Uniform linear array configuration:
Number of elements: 32
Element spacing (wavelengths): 0.75
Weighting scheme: kaiser
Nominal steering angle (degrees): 30
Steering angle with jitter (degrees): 28.51
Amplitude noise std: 0.05
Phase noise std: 0.05

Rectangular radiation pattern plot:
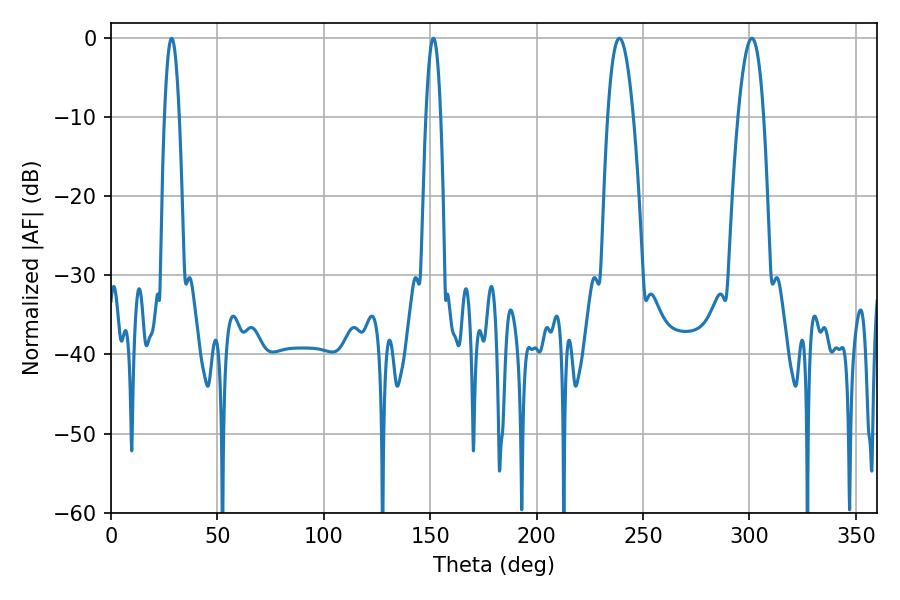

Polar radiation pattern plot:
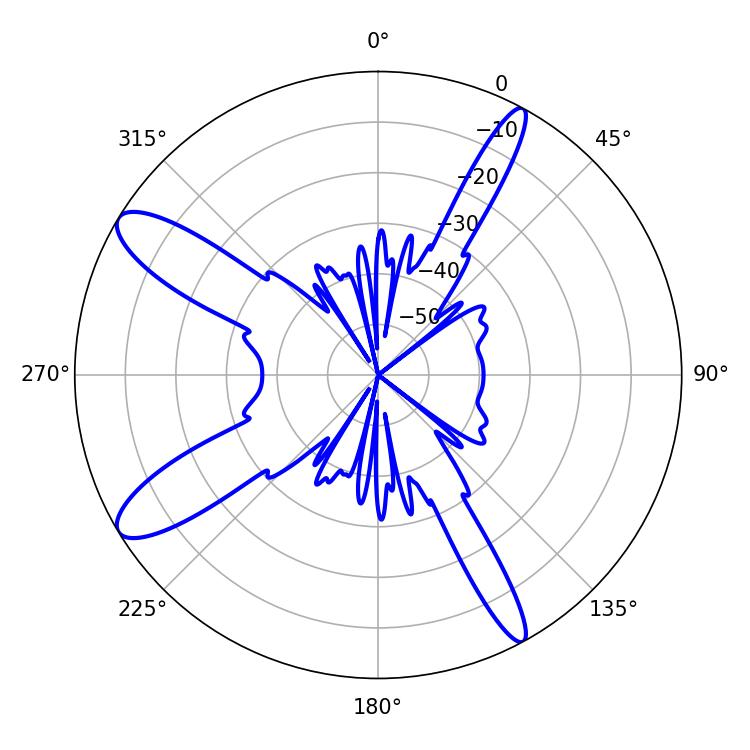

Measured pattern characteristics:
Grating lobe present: TRUE
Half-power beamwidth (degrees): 6.48
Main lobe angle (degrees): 238.86